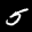
Label: 5